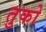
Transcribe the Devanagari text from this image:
तुको